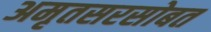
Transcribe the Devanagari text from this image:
अमृतसरसोबत